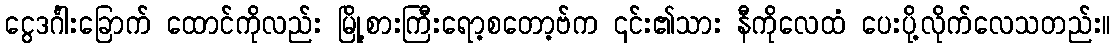
ငွေဒင်္ဂါးခြောက် ထောင်ကိုလည်း မြို့စားကြီးရော့စတော့ဗ်က ၎င်း၏သား နီကိုလေထံ ပေးပို့လိုက်လေသတည်း။